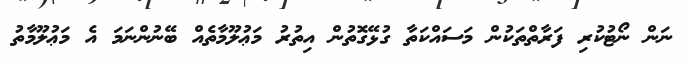
ނަން ނޯޓުކުރި ފަރާތްތަކުން މަސައްކަތާ ގުޅޭގޮތުން އިތުރު މަޢުލޫމާތެއް ބޭނުންނަމަ އެ މަޢުލޫމާތު